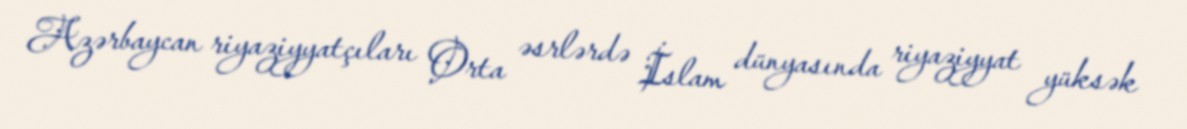
Azərbaycan riyaziyyatçıları Orta əsrlərdə İslam dünyasında riyaziyyat yüksək